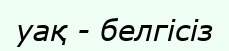
уақ - белгісіз